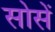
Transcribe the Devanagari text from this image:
सोसें